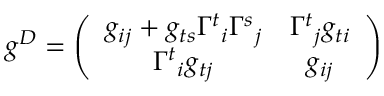
g ^ { D } = \left( \begin{array} { c c } { { g _ { i j } + g _ { t s } { \Gamma ^ { t } } _ { i } { \Gamma ^ { s } } _ { j } } } & { { { \Gamma ^ { t } } _ { j } g _ { t i } } } \\ { { { \Gamma ^ { t } } _ { i } g _ { t j } } } & { { g _ { i j } } } \end{array} \right)